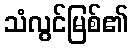
သံလွင်မြစ်၏